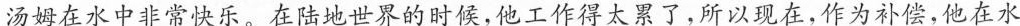
汤姆在水中非常快乐。在陆地世界的时候，他工作得太累了，所以现在，作为补偿，他在水